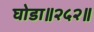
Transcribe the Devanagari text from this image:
घोडा॥२५२॥